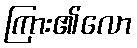
ကြား၏လော